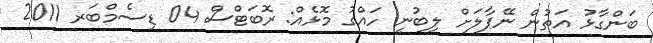
ބަންގާޅު އަތުން ނޭޕާލަށް ލިބުނީ ހައްގު މޮޅެއް: ރޮބަޓްސް 04 ޑިސެމްބަރ 2011